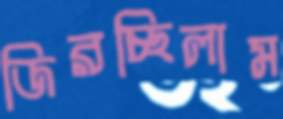
জিরচ্ছিলাম